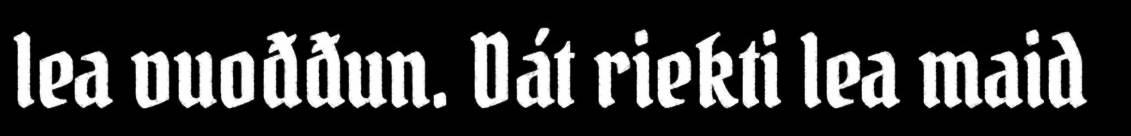
lea vuođđun. Dát riekti lea maid